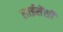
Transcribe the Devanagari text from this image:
लाईसेंसी